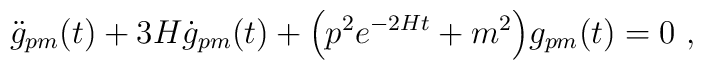
\ddot{g}_{pm}(t)+3H \dot{g}_{pm}(t)+ \Bigl(p^2 e^{-2Ht} + m^2 \Bigr)g_{pm}(t)=0\ ,